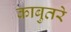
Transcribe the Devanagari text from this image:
काबुतरे